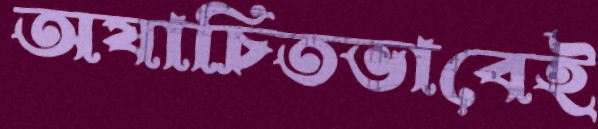
অযাচিতভাবেই